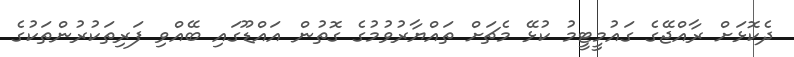
ދެކޮޅަށް ރާއްޖޭގެ ގައުމީޓީމު ކުޅޭ މެޗަށް ތައްޔާރުވުމުގެ ގޮތުން އައްޑޫގައި ބޭއްވި ފަރިތަކުރުންތަކުގެ